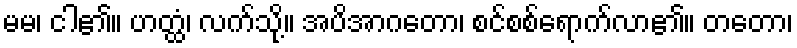
မမ၊ ငါ၏။ ဟတ္ထံ၊ လက်သို့။ အပိအာဂတော၊ စင်စစ်ရောက်လာ၏။ တတော၊